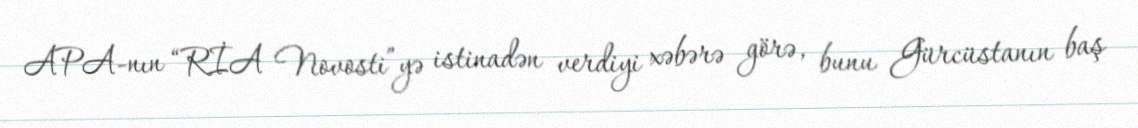
APA-nın “RİA Novosti”yə istinadən verdiyi xəbərə görə, bunu Gürcüstanın baş